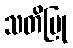
သတိပြု